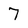
Character: 7